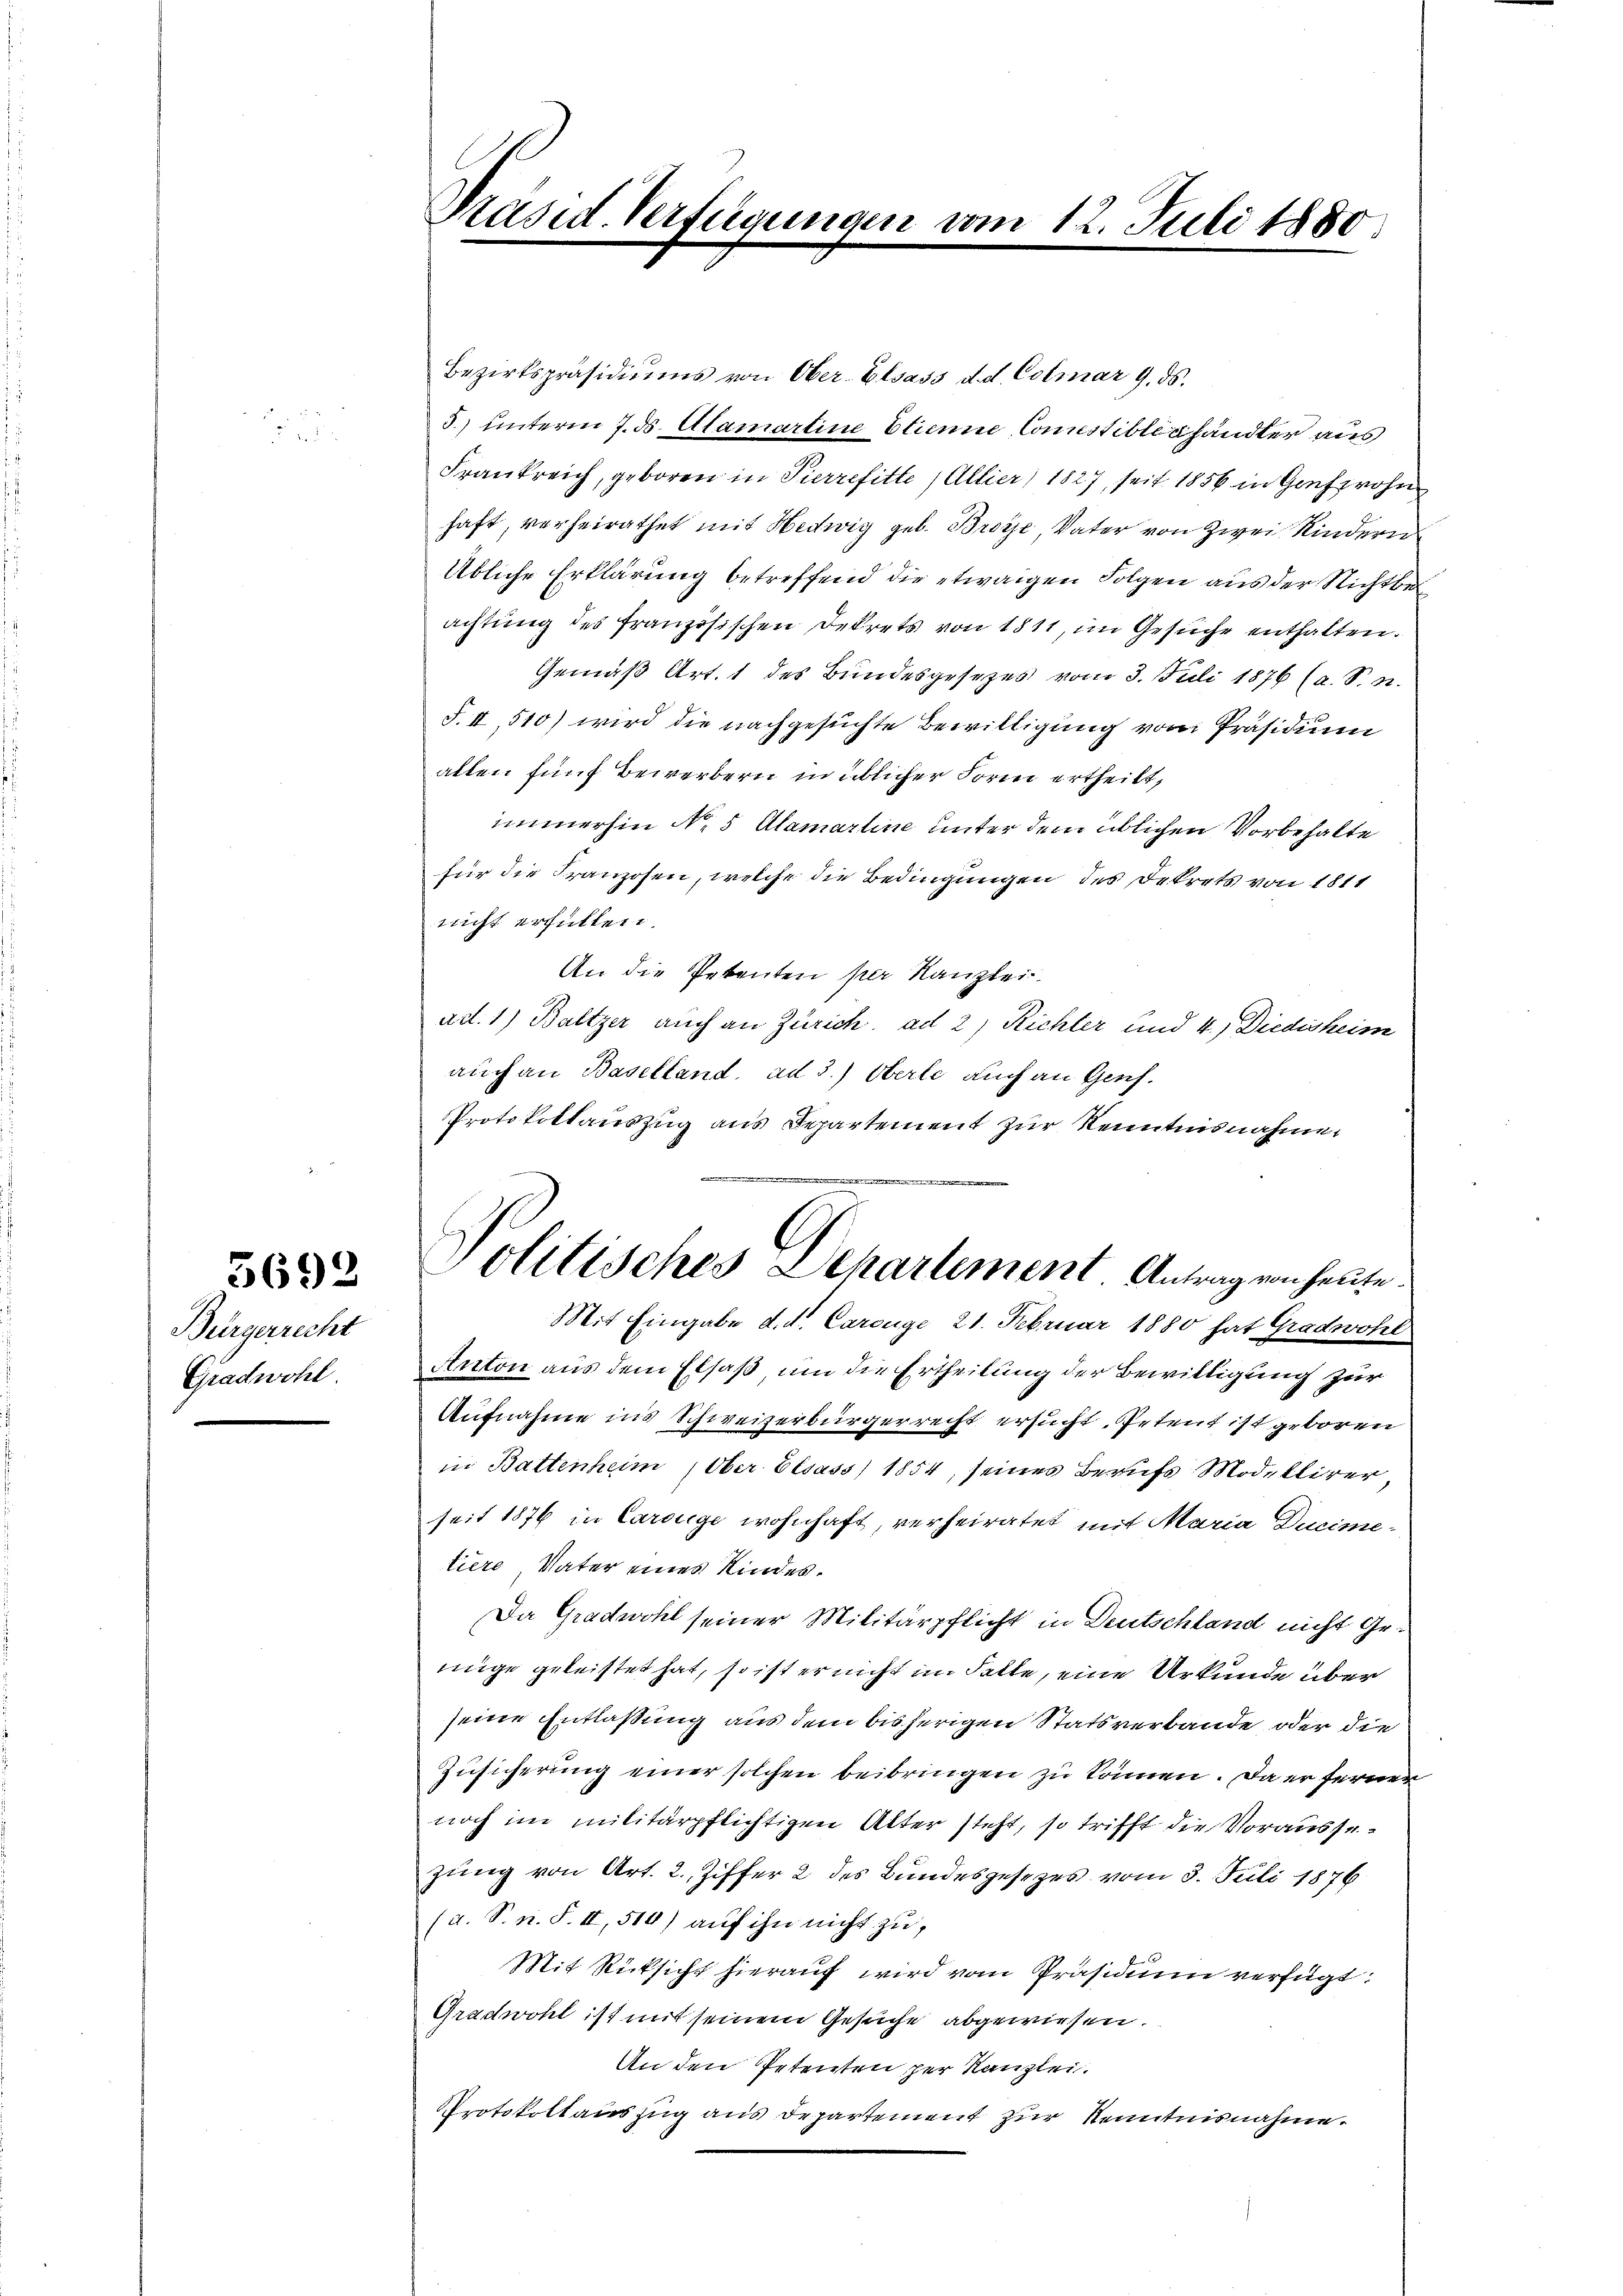
3692

Bürgerrecht
Gradwohl.

Präsid. Verfügungen

Bezirkspräsidiums von Ober-Elsass d. d. Colmar 9. ds.
5) unterm 7. ds. Alamartine Etienne, Comissibles händler aus
Frankreich, geboren in Pierrefitte, Allier) 1827, seit 1856 in Gespro
haft, verheirathet mit Hedwig geb. Broye Vater von Zwei Kindern
Übliche Erklärung betreffend die etwaigen Folgen aus der Nichtbeachtung des französischen Dekrets von 1811, im Gesuche enthalten.
Gemäß Art. 1 des Bundesgesezes vom 3. Juli 1876 (a. S. n.
S. II, 510) wird die nachgesuchte Bewilligung vom Präsidium
allen fünf Bewerbern in üblicher Form ertheilt,
immerhin No 5 Alamarline unter dem üblichen Vorbehalte
für die Franzosen, welche die Bedingungen des Dekrets von 1811
nicht erfüllen.
An die Petenten per Kanzlei.
ad. 1) Baltzer auch an Zürich, ad 2, Richter und 4., Diedisheim
auch an Baselland, ad 3.) Oberle auch an Genf.
Protokollauszug aus Departement zur Kenntnisnahme
Mit Eingabe d. d. Carouge 21. Februar 1880 hat Gradwohl
Anton aus dem Elsaß um die Ertheilung der Bewilligung zur
Aufnahme ins Schweizerbürgerrecht ersucht, Petent ist geboren
in Battenheim, Ober Elsass 1854, seines Berufs Modellirer
seit 1876 in Carouge wohnhaft, verheiratet mit Maria Ducime-
tiere Vater eines Kindes.
Da Gradwohl seiner Militärpflicht in Deutschland nicht Genüge geleistet hat, so ist er nicht im Falle, eine Urkunde über
seine Entlaßung aus dem bisherigen Statsverbande oder die
Zŭsicherung einer solchen beibringen zu können. Da er fernen
noch im militärpflichtigen Alter steht, so trifft die Voraussezung von Art. 2. Ziffer 2 des Bundesgesezes vom 3. Juli 1876
(a. S. n. F. II, 510) auf ihn nicht zu,
Mit Rücksicht hierauf wird vom Präsidium verfügt:
Gradwohl ist mit seinem Gesuche abgewiesen.
An den Petenten per Kanzlei.
Protokollauszug aus Departement zur Kenntnisnahme.

vom 12. Juli 1880

Politisches Departement Antrag von heute.